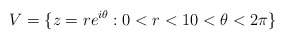
\begin{align*}V= \{z=re^{i\theta}: 0<r<1 0<\theta<2\pi \}\end{align*}